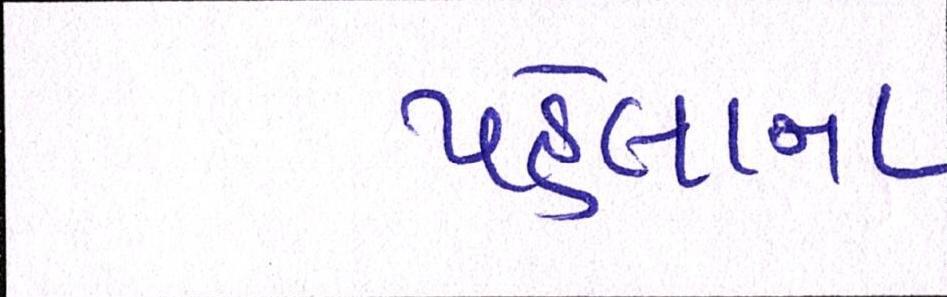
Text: પહેલાના